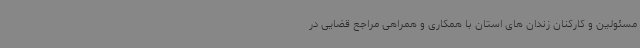
مسئولین و کارکنان زندان های استان با همکاری و همراهی مراجع قضایی در